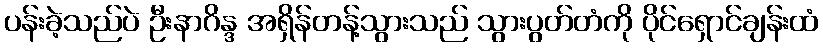
ပန်းခဲ့သည်ပဲ ဦးနာဂိန္ဒ အရှိန်တန့်သွားသည် သွားပွတ်တံကို ပိုင်ရှောင်ချန်းထံ